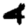
Digit: 4